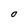
Character: O